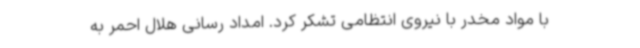
با مواد مخدر با نیروی انتظامی تشکر کرد. امداد رسانی هلال احمر به